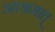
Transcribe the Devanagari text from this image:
आश्रमात्‌